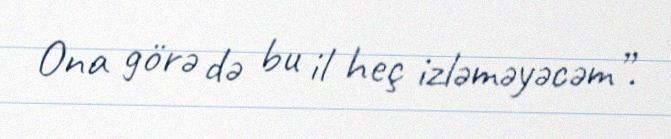
Ona görə də bu il heç izləməyəcəm”.